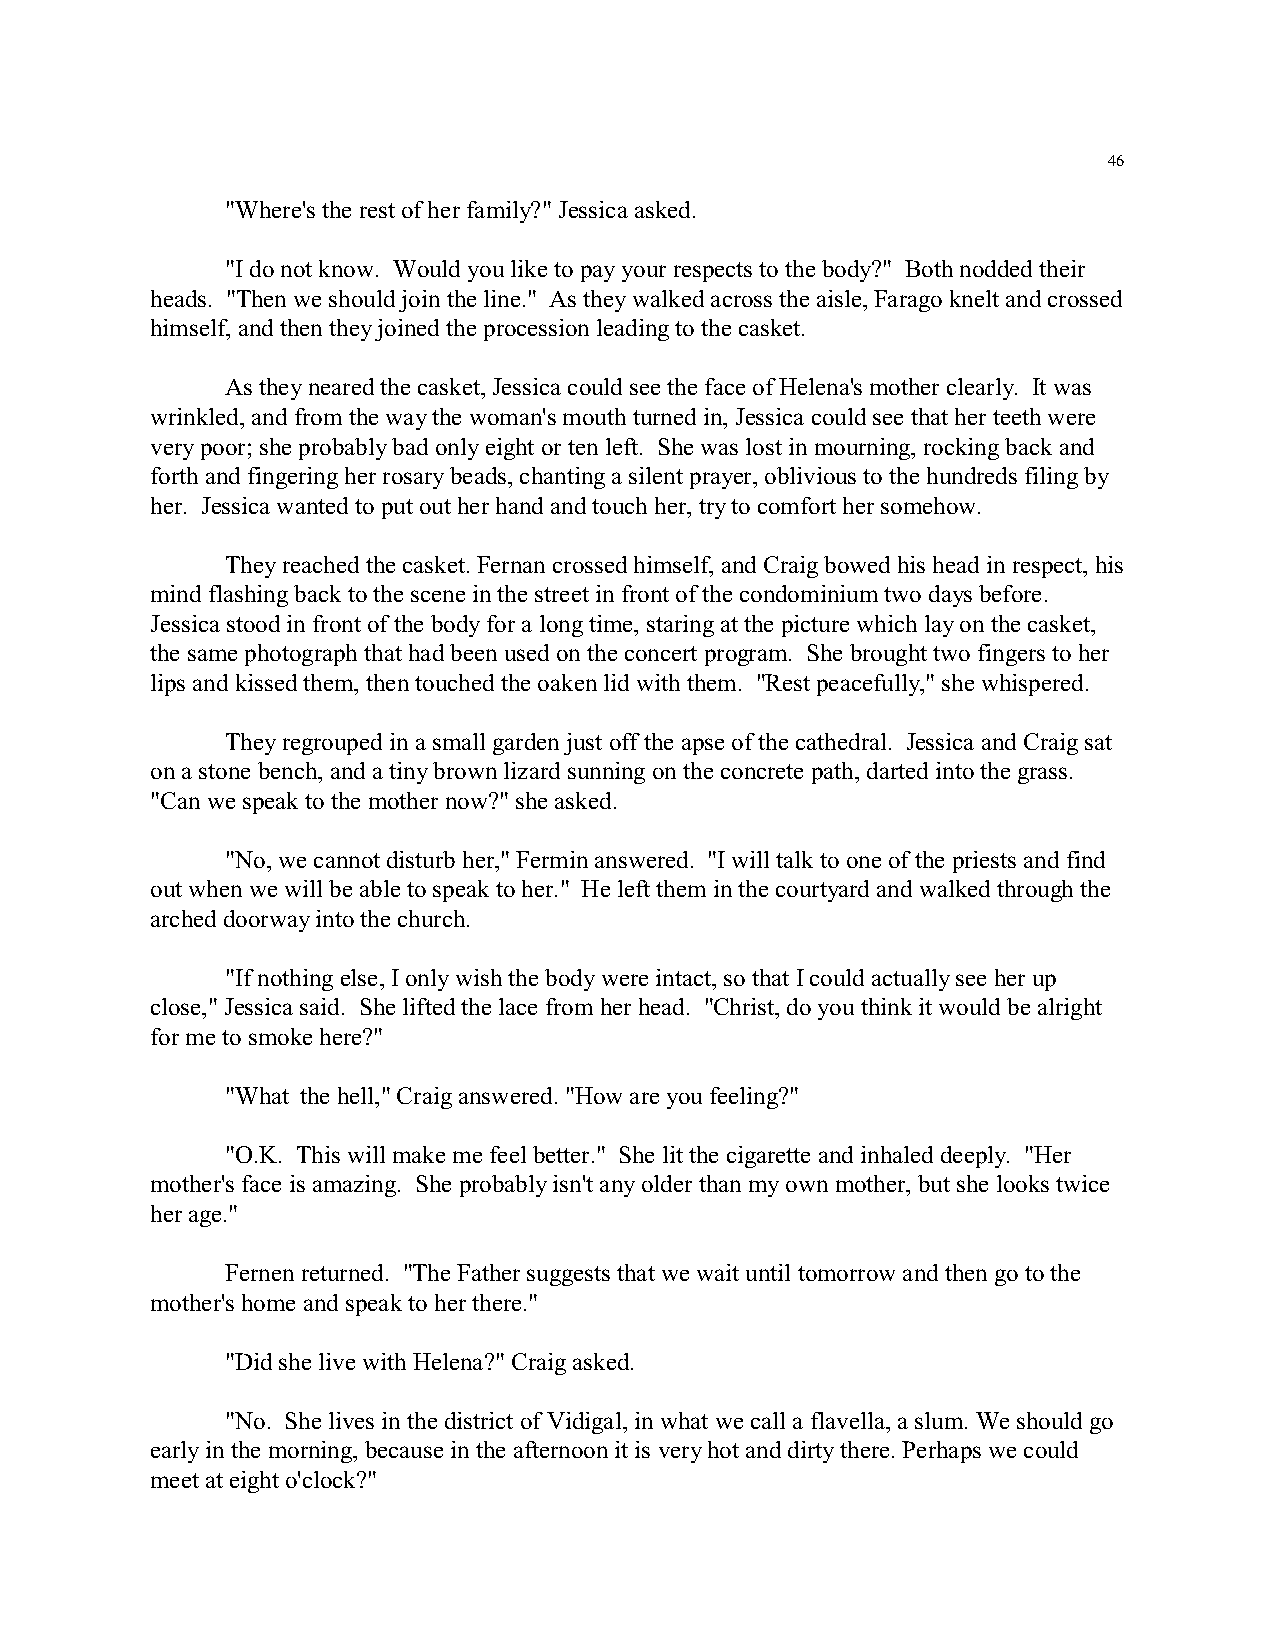
46
 "Where's the rest of her family?" Jessica asked.
 "I do not know. Would you like to pay your respects to the body?" Both nodded their
 heads. "Then we should join the line." As they walked across the aisle, Farago knelt and crossed
 himself, and then they joined the procession leading to the casket.
 As they neared the casket, Jessica could see the face of Helena's mother clearly. It was
 wrinkled, and from the way the woman's mouth turned in, Jessica could see that her teeth were
 very poor; she probably bad only eight or ten left. She was lost in mourning, rocking back and
 forth and fingering her rosary beads, chanting a silent prayer, oblivious to the hundreds filing by
 her. Jessica wanted to put out her hand and touch her, try to comfort her somehow.
 They reached the casket. Fernan crossed himself, and Craig bowed his head in respect, his
 mind flashing back to the scene in the street in front of the condominium two days before.
 Jessica stood in front of the body for a long time, staring at the picture which lay on the casket,
 the same photograph that had been used on the concert program. She brought two fingers to her
 lips and kissed them, then touched the oaken lid with them. "Rest peacefully," she whispered.
 They regrouped in a small garden just off the apse of the cathedral. Jessica and Craig sat
 on a stone bench, and a tiny brown lizard sunning on the concrete path, darted into the grass.
 "Can we speak to the mother now?" she asked.
 "No, we cannot disturb her," Fermin answered. "I will talk to one of the priests and find
 out when we will be able to speak to her." He left them in the courtyard and walked through the
 arched doorway into the church.
 "If nothing else, I only wish the body were intact, so that I could actually see her up
 close," Jessica said. She lifted the lace from her head. "Christ, do you think it would be alright
 for me to smoke here?"
 "What the hell," Craig answered. "How are you feeling?"
 "O.K. This will make me feel better." She lit the cigarette and inhaled deeply. "Her
 mother's face is amazing. She probably isn't any older than my own mother, but she looks twice
 her age."
 Fernen returned. "The Father suggests that we wait until tomorrow and then go to the
 mother's home and speak to her there."
 "Did she live with Helena?" Craig asked.
 "No. She lives in the district of Vidigal, in what we call a flavella, a slum. We should go
 early in the morning, because in the afternoon it is very hot and dirty there. Perhaps we could
 meet at eight o'clock?"